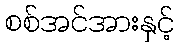
စစ်အင်အားနှင့်